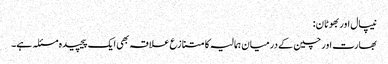
نیپال اور بھوٹان:
بھارت اور چین کے درمیان ہمالیہ کا متنازع علاقہ بھی ایک پیچیدہ مسئلہ ہے۔